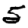
Digit: 5